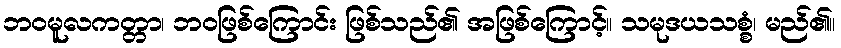
ဘဝမူလကတ္တာ၊ ဘဝဖြစ်ကြောင်း ဖြစ်သည်၏ အဖြစ်ကြောင့်။ သမုဒယသစ္စံ၊ မည်၏။